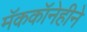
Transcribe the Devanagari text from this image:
मॅककॉनेहीने